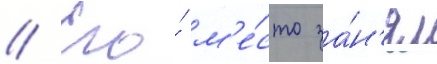
// Его́ м'е́сто за́н'ял